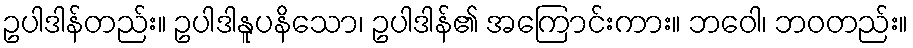
ဥပါဒါန်တည်း။ ဥပါဒါနူပနိသော၊ ဥပါဒါန်၏ အကြောင်းကား။ ဘဝေါ၊ ဘဝတည်း။